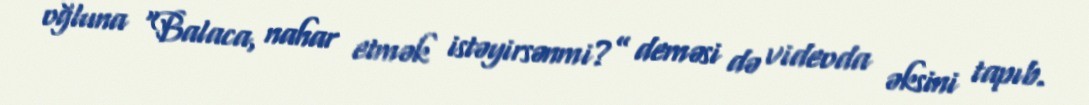
oğluna “Balaca, nahar etmək istəyirsənmi?” deməsi də videoda əksini tapıb.